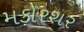
મકોરશર